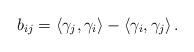
LaTeX: \begin{align*}b_{ij}=\left<\gamma_j,\gamma_i\right>-\left<\gamma_i,\gamma_j\right>.\end{align*}